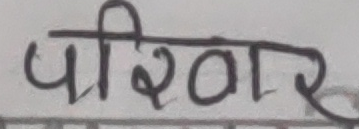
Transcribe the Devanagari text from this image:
परिवार